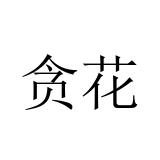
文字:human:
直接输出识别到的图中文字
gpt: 贪花